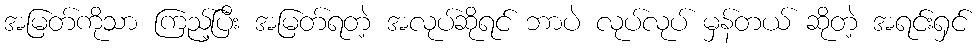
အမြတ်ကိုသာ ကြည့်ပြီး အမြတ်ရတဲ့ အလုပ်ဆိုရင် ဘာပဲ လုပ်လုပ် မှန်တယ် ဆိုတဲ့ အရင်းရှင်